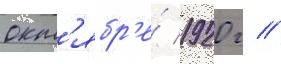
окт'ябр'е́ 1920 г //